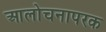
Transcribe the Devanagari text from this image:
आलोचनापरक